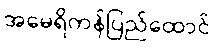
အမေရိကန်ပြည်ထောင်